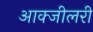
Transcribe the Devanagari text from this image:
आक्जीलरी